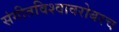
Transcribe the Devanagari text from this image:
संगीतविश्वावरोबरच